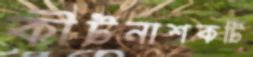
কীটনাশকটি